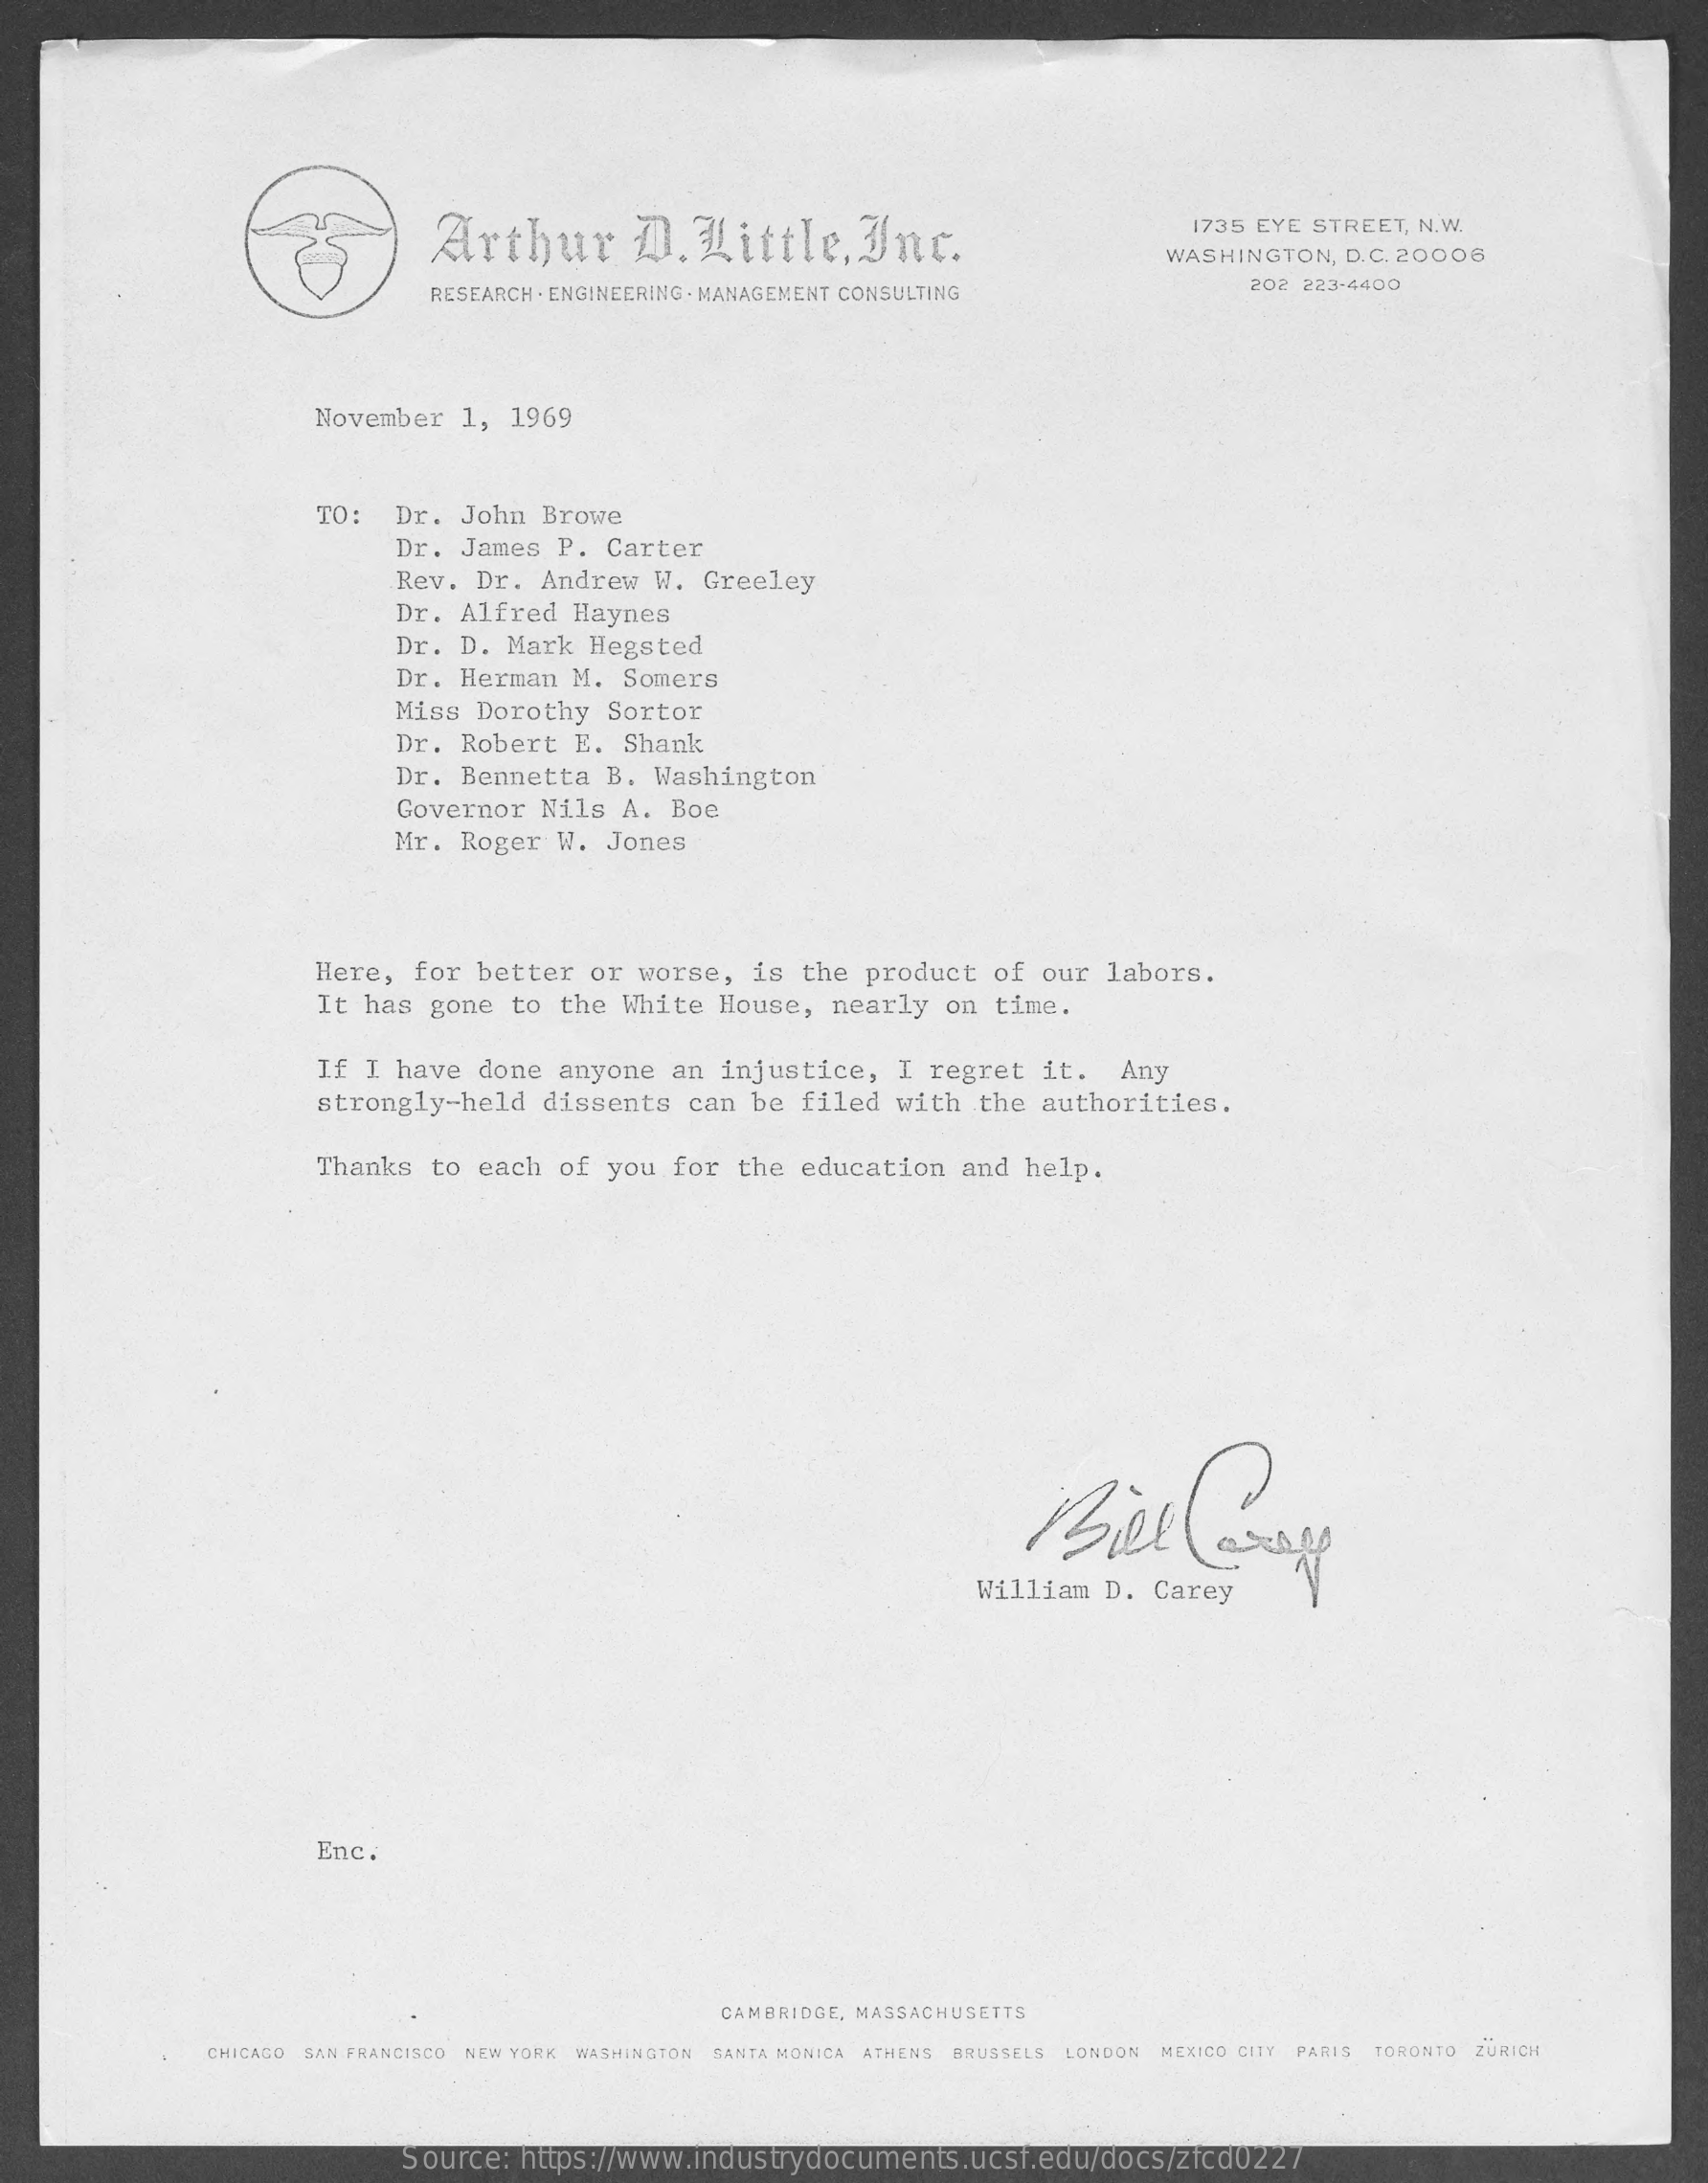
Arthur    D.  Little,    Inc.
     1735 EYE STREET, N.W.
     WASHINGTON,  D. C. 20006
     RESEARCH . ENGINEERING . MANAGEMENT CONSULTING    202 223-4400
     November   1, 1969
     TO:  Dr.  John  Browe
     Dr.  James  P. Carter
     Rev.  Dr. Andrew   W. Greeley
     Dr.  Alfred  Haynes
     Dr.  D. Mark  Hegsted
     Dr.  Herman  M. Somers
     Miss Dorothy  Sortor
     Dr.  Robert  E. Shank
     Dr.  Bennetta  B.  Washington
     Governor  Nils  A.  Boe
     Mr.  Roger  W. Jones
     Here,  for  better  or worse,   is the  product  of our  labors.
     It has gone  to  the White  House,  nearly  on  time.
     If I have  done  anyone  an injustice,   I regret  it.   Any
     strongly-held   dissents  can be  filed  with  the authorities.
     Thanks  to each  of you  for the  education  and  help.
     Bill    Loge
     William D.  Carey
     Enc.
     CAMBRIDGE, MASSACHUSETTS
     CHICACO SAN FRANCISCO NEW YORK WASHINGTON SANTA MONICA ATHENS BRUSSELS LONDON MEXICO CITY PARIS TORONTO ZURICH
     Source:  https://www.industrydocuments.ucsf.edu/docs/zfcd0227